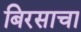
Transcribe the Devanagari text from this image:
बिरसाचा